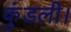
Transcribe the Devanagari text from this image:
कुंडली।